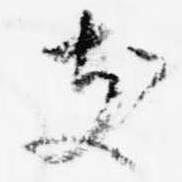
支